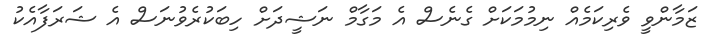
ޒަމާންވީ ވެރިކަމެއް ނިމުމަކަށް ގެނެސް އެ މަގާމް ނަޝީދަށް ހިބަކުރެވުނަސް އެ ޝަރަފާއެކު